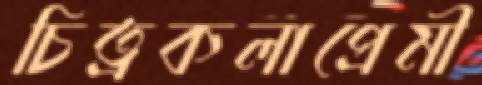
চিত্রকলাপ্রেমী